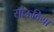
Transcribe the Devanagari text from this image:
सौऊदिया